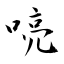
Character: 喨